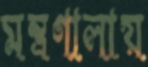
মন্ত্রণালায়